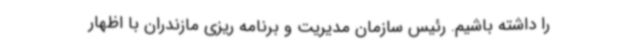
را داشته باشیم. رئیس سازمان مدیریت و برنامه ریزی مازندران با اظهار